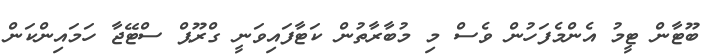
ބޫޓާން ޓީމު އެންމެފަހުން ވެސް މި މުބާރާތުން ކަޓާފައިވަނީ ގްރޫޕް ސްޓޭޖާ ހަމައިންކަން